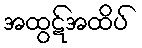
အထွဋ်အထိပ်